Indian Medical Review
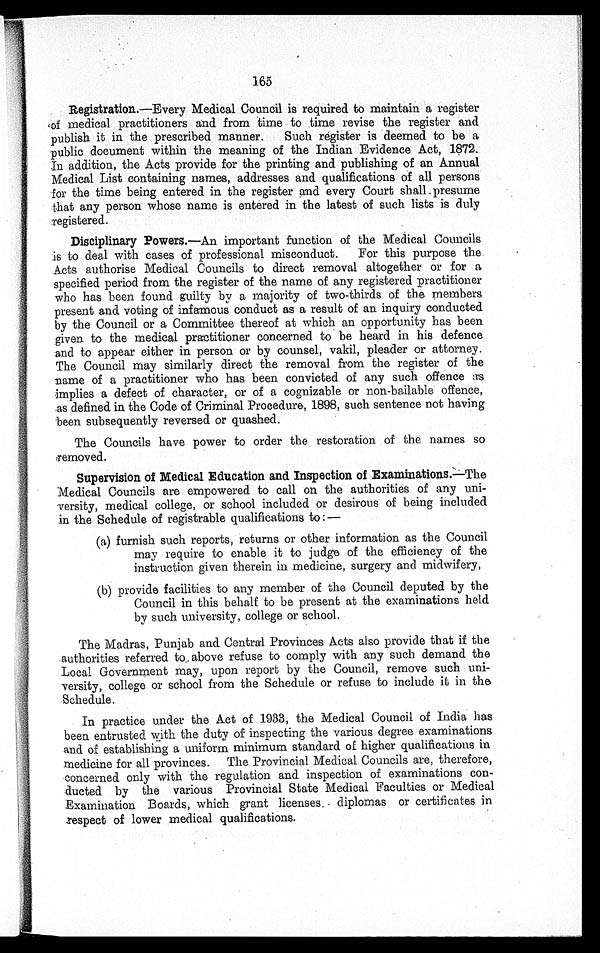
165
Registration. —Every Medical Council is required to maintain a register
of medical practitioners and from time to time revise the register and
publish it in the prescribed manner. Such register is deemed to be a
public document within the meaning of the Indian Evidence Act, 1872.
In addition, the Acts provide for the printing and publishing of an Annual
Medical List containing names, addresses and qualifications of all persons
for the time being entered in the register and every Court shall presume
that any person whose name is entered in the latest of such lists is duly
registered.
Disciplinary Powers. —An important function of the Medical Councils
is to deal with cases of professional misconduct. For this purpose the
Acts authorise Medical Councils to direct removal altogether or for a
specified period from the register of the name of any registered practitioner
who has been found guilty by a majority of two-thirds of the members
present and voting of infamous conduct as a result of an inquiry conducted
by the Council or a Committee thereof at which an opportunity has been
given to the medical practitioner concerned to be heard in his defence
and to appear either in person or by counsel, vakil, pleader or attorney.
The Council may similarly direct the removal from the register of the
name of a practitioner who has been convicted of any such offence as
implies a defect of character, or of a cognizable or non-bailable offence,
.as defined in the Code of Criminal Procedure, 1898, such sentence not having
been subsequently reversed or quashed.
The Councils have power to order the restoration of the names so
removed.
Supervision of Medical Education and Inspection of Examinations
.
—The
Medical Councils are empowered to call on the authorities of any
university, medical college, or school included or desirous of being included
in the Schedule of registrable qualifications to:—
(a) furnish such reports, returns or other information as the Council
may require to enable it to judge of the efficiency of the
instruction given therein in medicine, surgery and midwifery.
(b)
provide facilities to any member of the Council deputed by the
Council in this behalf to be present at the examinations held
by such university, college or school.
The Madras, Punjab and Central Provinces Acts also provide that if the
authorities referred to above refuse to comply with any such demand the
Local Government may, upon report by the Council, remove such uni
versity, college or school from the Schedule or refuse to include it in the
Schedule.
In practice under the Act of 1933, the Medical Council of India has
been entrusted with the duty of inspecting the various degree examinations
and of establishing a uniform minimum standard of higher qualifications in
medicine for all provinces. The Provincial Medical Councils are, therefore,
concerned only with the regulation and inspection of examinations con
ducted by the various Provincial State Medical Faculties or Medical
Examination Boards, which grant licenses diplomas or certificates in
respect of lower medical qualifications.